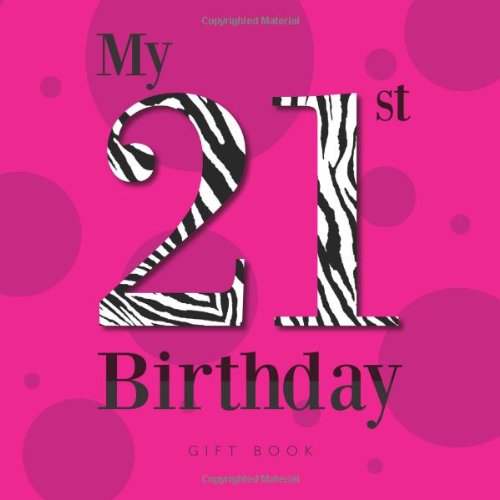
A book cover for My 21st Birthday; Dr. Stephanie Corbo; Crafts, Hobbies & Home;